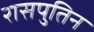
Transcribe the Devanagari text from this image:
रासपुतिन